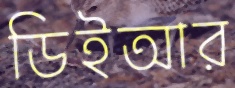
ডিইআর